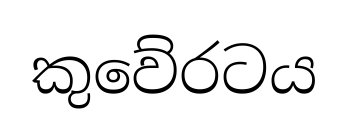
කුවේරටය